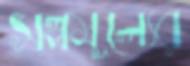
সল্পমূল্যের